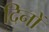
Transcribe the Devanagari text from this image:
दिनों